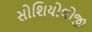
સોશિયોલોજી